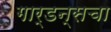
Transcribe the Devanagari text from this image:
गार्डन्सचा